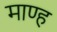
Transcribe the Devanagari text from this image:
माण्ह